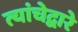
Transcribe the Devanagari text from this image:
त्यांचेद्वारे